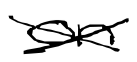
Text: on
Cross-out: cross
Writing tool: digital_black